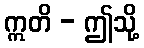
ဣတိ - ဤသို့